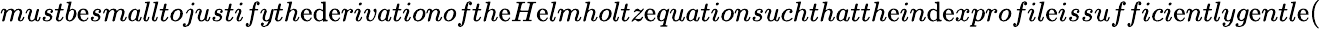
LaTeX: mustb\mathrm{e}smalltojustifyth\mathrm{e}\mathrm{d}\mathrm{e}rivationofth\mathrm{e}H\mathrm{e}lmholtz\mathrm{e}quationsuchthatth\mathrm{e}in\mathrm{d}\mathrm{e}xprofil\mathrm{e}issuffici\mathrm{e}ntlyg\mathrm{e}ntl\mathrm{e}(